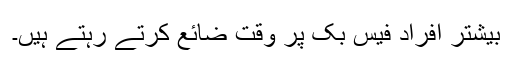
بیشتر افراد فیس بک پر وقت ضائع کرتے رہتے ہیں۔